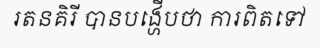
រតនគិរី បានបង្ហើបថា ការពិតទៅ